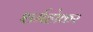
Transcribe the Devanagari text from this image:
शर्महोकर